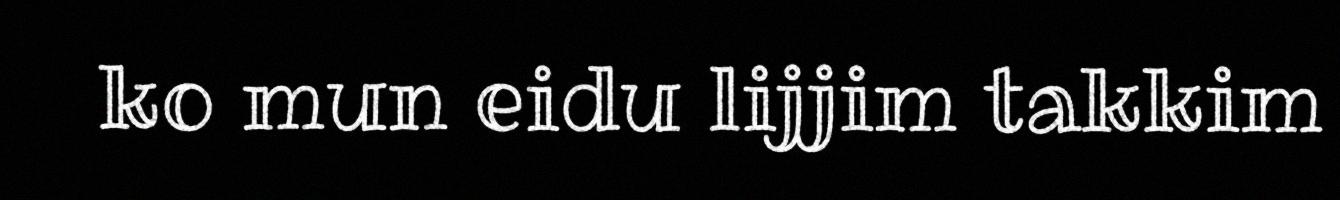
ko mun eidu lijjim takkim